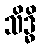
သိဒ္ဓိ